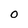
Character: O